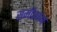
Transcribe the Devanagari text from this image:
समीरकण